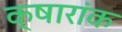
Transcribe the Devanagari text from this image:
क्षारांक